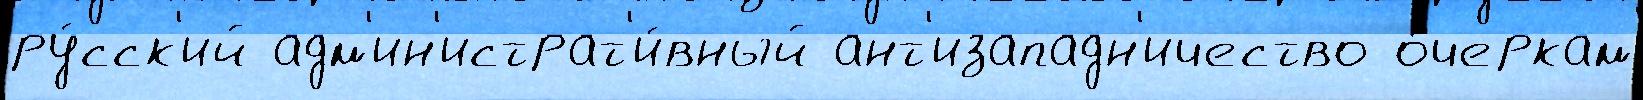
ру́сск'ий адм'ин'истрат'и́вный ант'изападн'ичество о́черкам